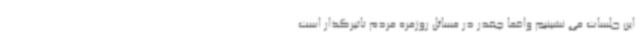
این جلسات می نشینیم واقعا چقدر در مسائل روزمره مردم تاثیرگذار است